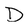
Character: D